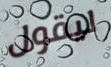
ليقول